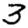
Digit: 3